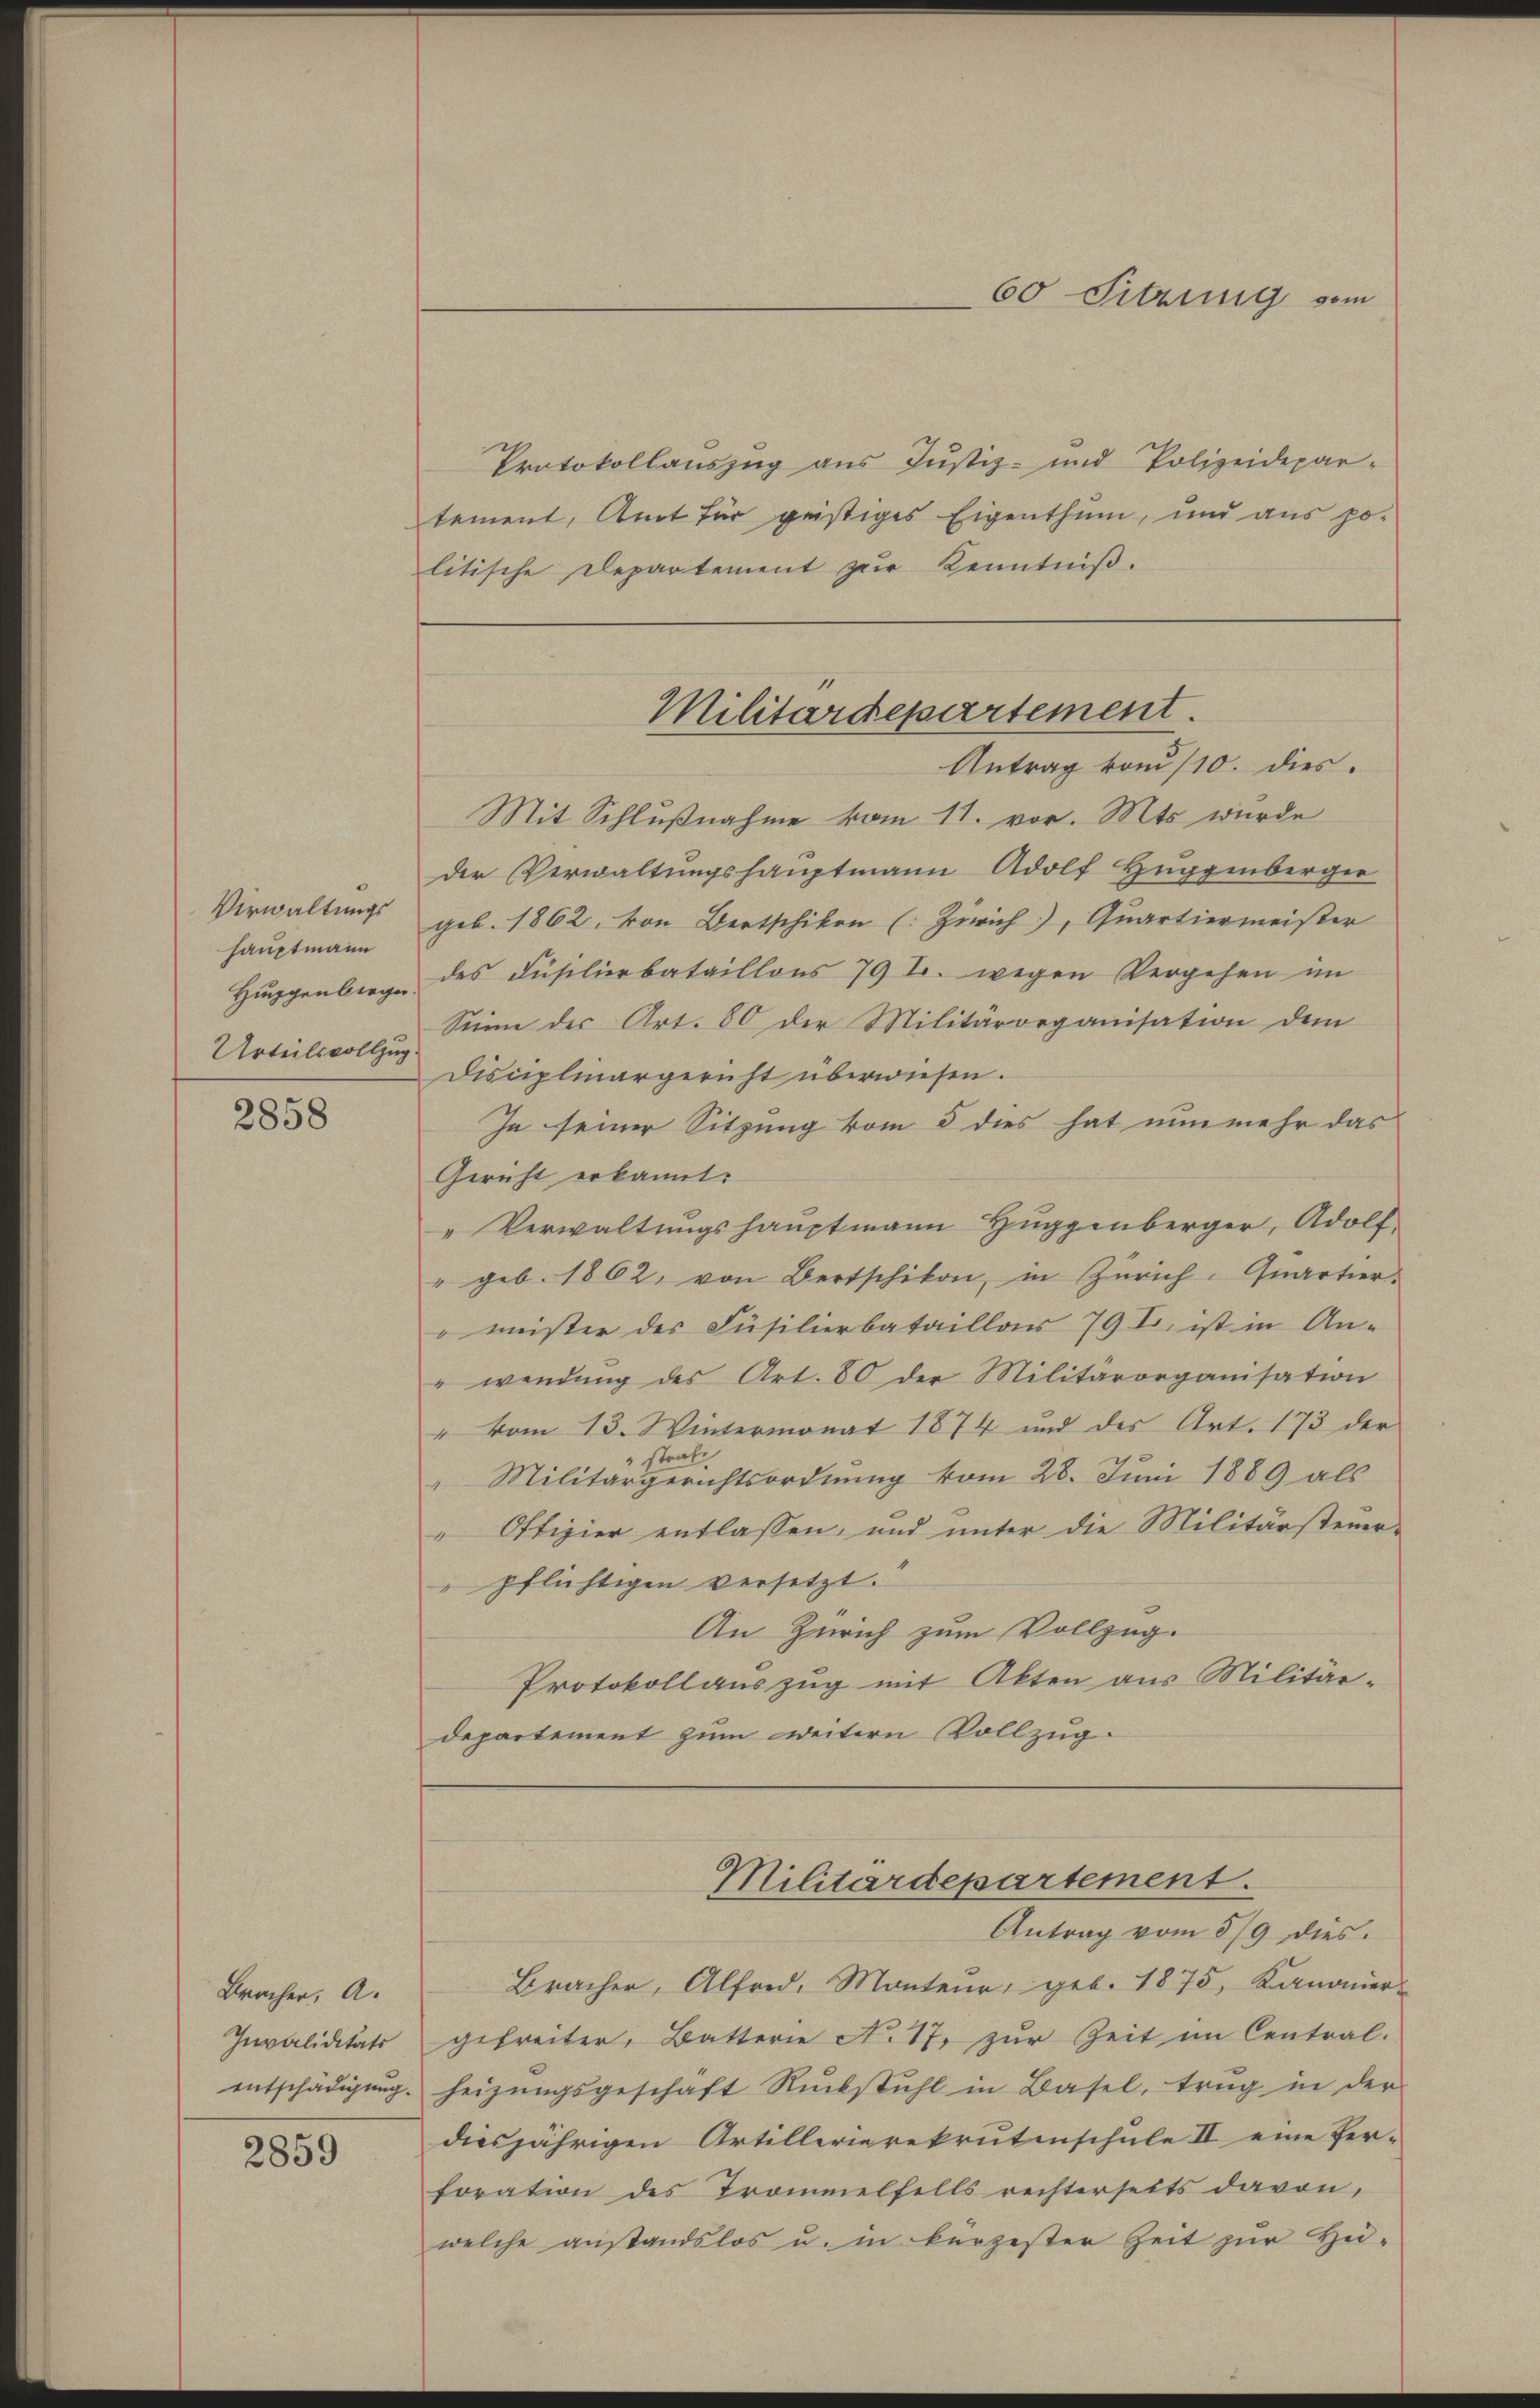
Verwaltungs
hauptmann
Huggenberger.
Urteilsvollzug.

2858

Bracher, A.
Invaliditäts

2859

Protokollauszug aus Justiz- und Polizeidepar-
tement, Amt für geistiges Eigenthum, und aus politische Departement zŭr Kenntniβ.
Antrag vom 110. dies.
Mit Schlußnahme vom 11. vor. Mts wurde
der Verwaltungshauptmann Adolf Huggenberger
geb. 1862, von Bertschikon (Zürich), Quartiermeister
des Füsilierbataillons 79 t. wegen Vergehen im
Sinne der Art. 80 der Militärorganisation dem
Disciplinargericht überwiesen.
In seiner Sitzung vom 5 dies hat nunmehr das
Gericht erkannt:
Verwaltungshauptmann Huggenberger, Adolf
" geb. 1862, von Bertschikon, in Zürich. Qŭartier-
mister des Füsilierbataillar 79 I, ist in An-
" wendŭng des Art. 80 der Militärorganisation
" vom 13. Wintermonat 1874 und des Art. 173 der
" strat.
"Militärgerichtsordnung vom 28. Juni 1889 als
" Offizier entlassen, und unter die Militärsteŭer-
pflichtigen versetzt.
An Zürich zum Vollzug.
Protokollauszug mit Akten aus Militär-
departement zum weitern Vollzug.

Bracher, Alfred, Monteur, geb. 1875, Kanonier-
gefreiter, Batterie No 17. zur Zeit im Central-
entschädigŭng. Heizŭngsgeschäft Rückstuhl in Basel, trug in der
diesjährigen Artillerierekrutenschule II eine Perforation des Trommelfalls rechterseits davon,
welche anstandslos u. in kerzester Zeit zur Hei¬

60 Fitzing vom

Militärdepartement.

Militärdepartement.
Antrag vom 8/9 dies